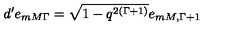
d ^ { \prime } e _ { m M \Gamma } = \sqrt { 1 - q ^ { 2 ( \Gamma + 1 ) } } e _ { m M , \Gamma + 1 }